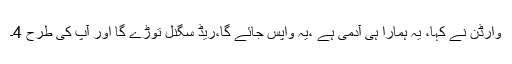
وارڈن نے کہا، یہ ہمارا ہی آدمی ہے ،یہ واپس جائے گا،ریڈ سگنل توڑے گا اور آپ کی طرح 4۔